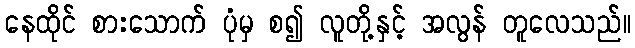
နေထိုင် စားသောက် ပုံမှ စ၍ လူတို့နှင့် အလွန် တူလေသည်။